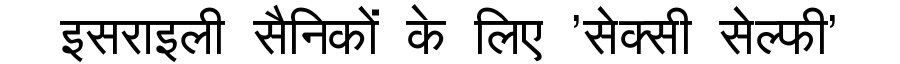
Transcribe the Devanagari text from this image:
इसराइली सैनिकों के लिए 'सेक्सी सेल्फी'